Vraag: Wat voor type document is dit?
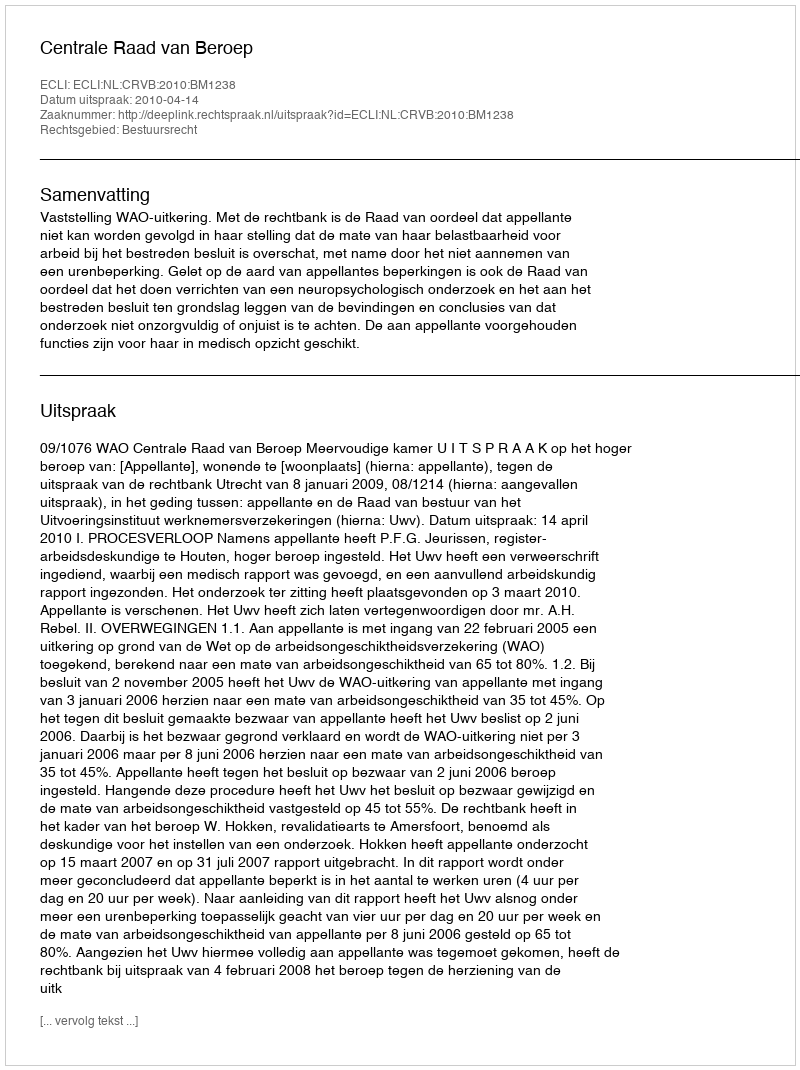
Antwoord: Uitspraak